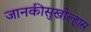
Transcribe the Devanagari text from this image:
जानकीसुखोल्हास